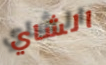
الشاي